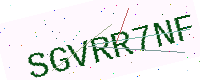
Text: SGVRR7NF